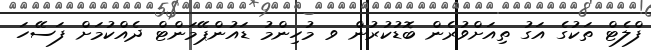
ފްލެޓް ތަކުގެ އަގު ތިއަށްވުރެން ބޮޑުކުރުން ވ މުހިންމު ޑައުންޕޭމަންޓް ދެއްކުމަށް ފަސޭހަ